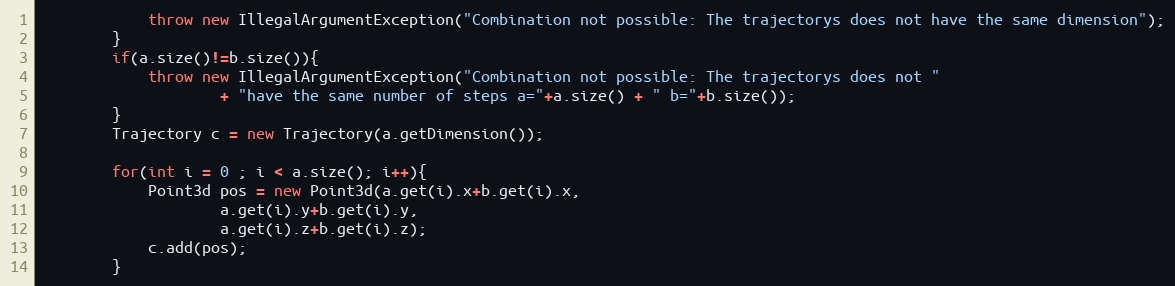
Language: Java
			throw new IllegalArgumentException("Combination not possible: The trajectorys does not have the same dimension");
		}
		if(a.size()!=b.size()){
			throw new IllegalArgumentException("Combination not possible: The trajectorys does not "
					+ "have the same number of steps a="+a.size() + " b="+b.size());
		}
		Trajectory c = new Trajectory(a.getDimension());

		for(int i = 0 ; i < a.size(); i++){
			Point3d pos = new Point3d(a.get(i).x+b.get(i).x,
					a.get(i).y+b.get(i).y,
					a.get(i).z+b.get(i).z);
			c.add(pos);
		}